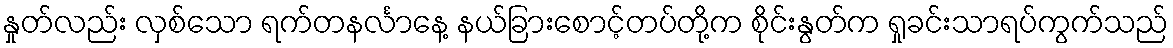
နှုတ်လည်း လှစ်သော ရက်တနင်္လာနေ့ နယ်ခြားစောင့်တပ်တို့က စိုင်းနွတ်က ရှုခင်းသာရပ်ကွက်သည်